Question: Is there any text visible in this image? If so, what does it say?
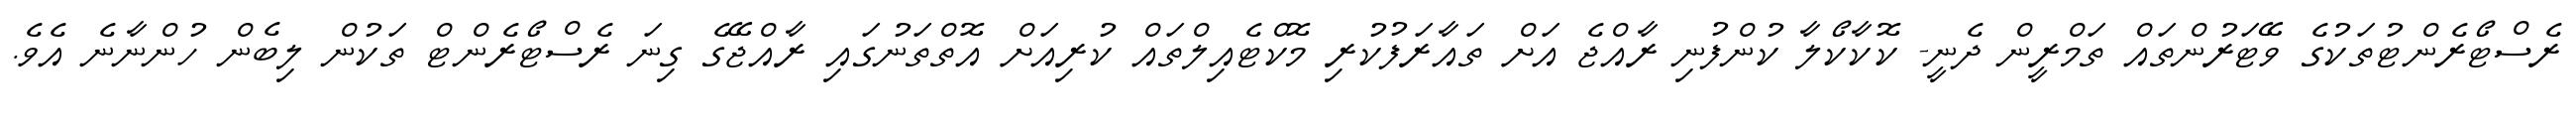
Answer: ރެސްޓޯރެންޓުތަކުގެ ވޭޓަރުންތައް ތަމްރީން ދެނީ- ކޮކާކޯލާ ކުންފުނި ރާއްޖެ އަށް ތައާރަފުކުރި މޮކްޓެއިލްތައް ކުރިއަށް އޮތްތަނުގައި ރާއްޖޭގެ ގިނަ ރެސްޓޯރެންޓް ތަކުން ލިބެން ހުންނާނެ އެވެ.